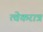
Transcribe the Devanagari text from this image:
त्वेकरात्रं